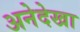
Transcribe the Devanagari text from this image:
अनेदेखा